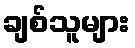
ချစ်သူများ